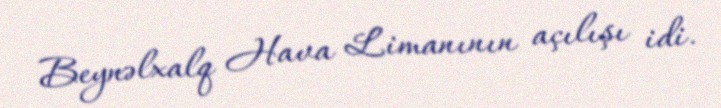
Beynəlxalq Hava Limanının açılışı idi.